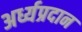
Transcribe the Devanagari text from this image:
अर्ध्यप्रदान